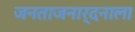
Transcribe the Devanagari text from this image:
जनताजनार्दनाला